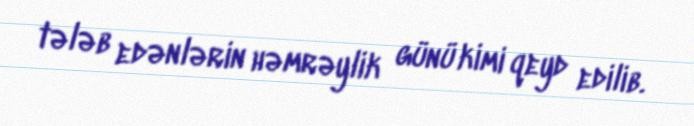
tələb edənlərin həmrəylik günü kimi qeyd edilib.